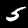
Digit: 5